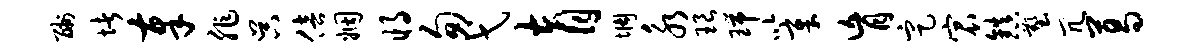
酬堵奉非吴倍姻将匆弋育惆永琅瑞以章肓定宸镇塑冗葛